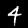
Digit: 4